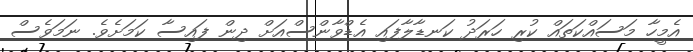
އެމީހާ މަސައްކަތައް ކުރި ހަރަދު ކަނޑާލާފައި އެޑްވާންސްއަށް ދިން ފައިސާ ކަމަށެވެ. ނަމަވެސް